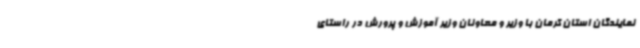
نمایندگان استان کرمان با وزیر و معاونان وزیر آموزش و پرورش در راستای